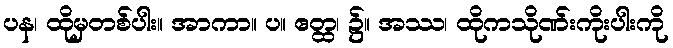
ပန၊ ထိုမှတစ်ပါး။ အာကာ။ ပ။ ဧတ္ထ၊ ၌။ အဿ၊ ထိုကသိုဏ်းကိုးပါးကို